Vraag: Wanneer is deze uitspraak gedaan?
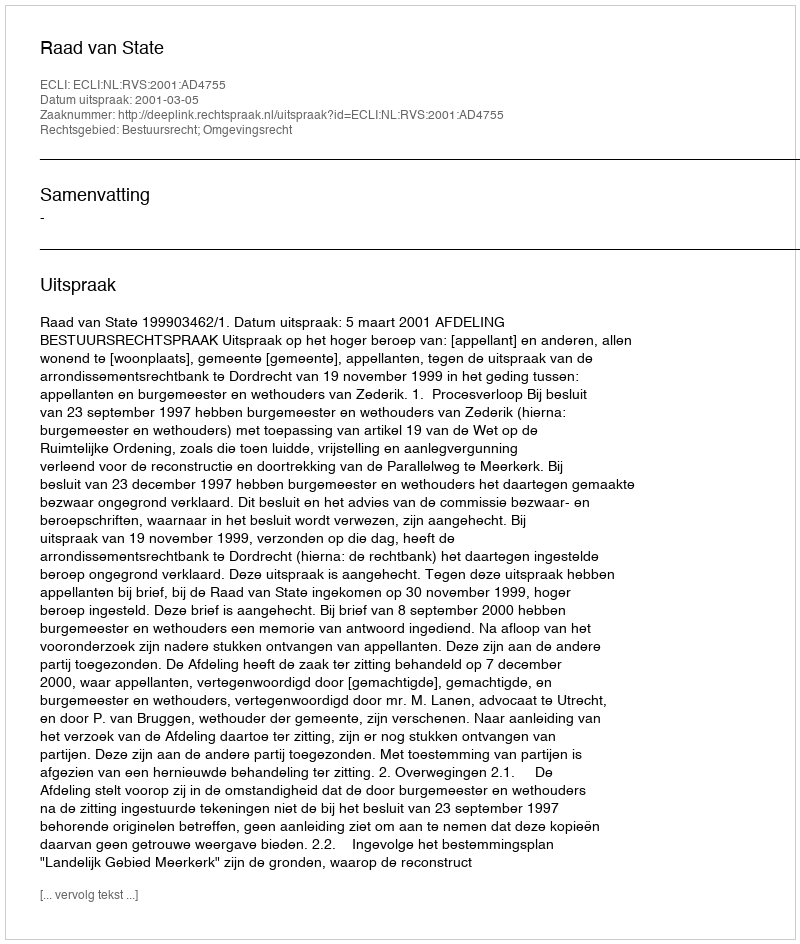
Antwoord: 2001-03-05